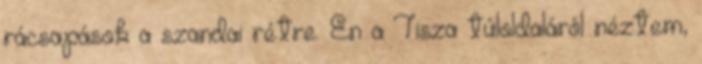
rácsapások a szandai rétre. Én a Tisza túloldaláról néztem,